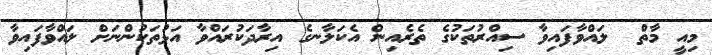
މިއީ މާތް  ލައްވާފައިވާ ސިއްރުތަކުގެ ތެރެއިން އެކަލާނގެ އިރާދަކުރައްވާ އަޅުތަކުންނަށް ލައްވާފައިވާ